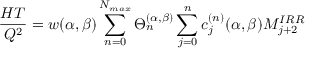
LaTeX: \frac { H T } { Q ^ { 2 } } = w ( \alpha , \beta ) \sum _ { n = 0 } ^ { N _ { m a x } } \Theta _ { n } ^ { ( \alpha , \beta ) } \sum _ { j = 0 } ^ { n } c _ { j } ^ { ( n ) } ( \alpha , \beta ) M _ { j + 2 } ^ { I R R }